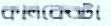
কালকেরটা